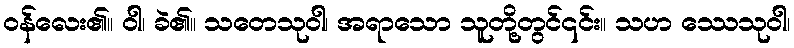
ဝန်လေး၏။ ဝါ၊ ခဲ၏။ သတေသုဝါ၊ အရာသော သူတို့တွင်၎င်း။ သဟ ဿေသုဝါ၊